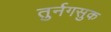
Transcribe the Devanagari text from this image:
तुर्नगसुक